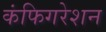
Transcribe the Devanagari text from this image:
कंफिगरेशन